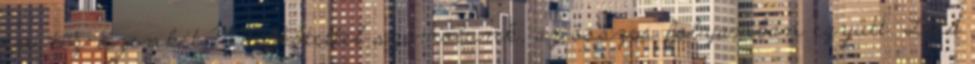
évi tíz-tizenkét MM-kötettel számolunk, az összes folyamban együtt. Lásd